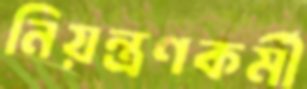
নিয়ন্ত্রণকর্মী